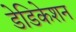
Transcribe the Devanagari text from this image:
डेडिकेशन